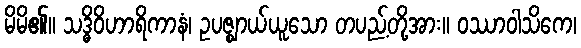
မိမိ၏။ သဒ္ဓိဝိဟာရိကာနံ၊ ဥပဇ္ဈာယ်ယူသော တပည့်တို့အား။ ဝဿာဝါသိကေ၊